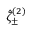
\hat { \zeta } _ { \pm } ^ { ( 2 ) }